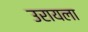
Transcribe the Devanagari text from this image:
उरायला